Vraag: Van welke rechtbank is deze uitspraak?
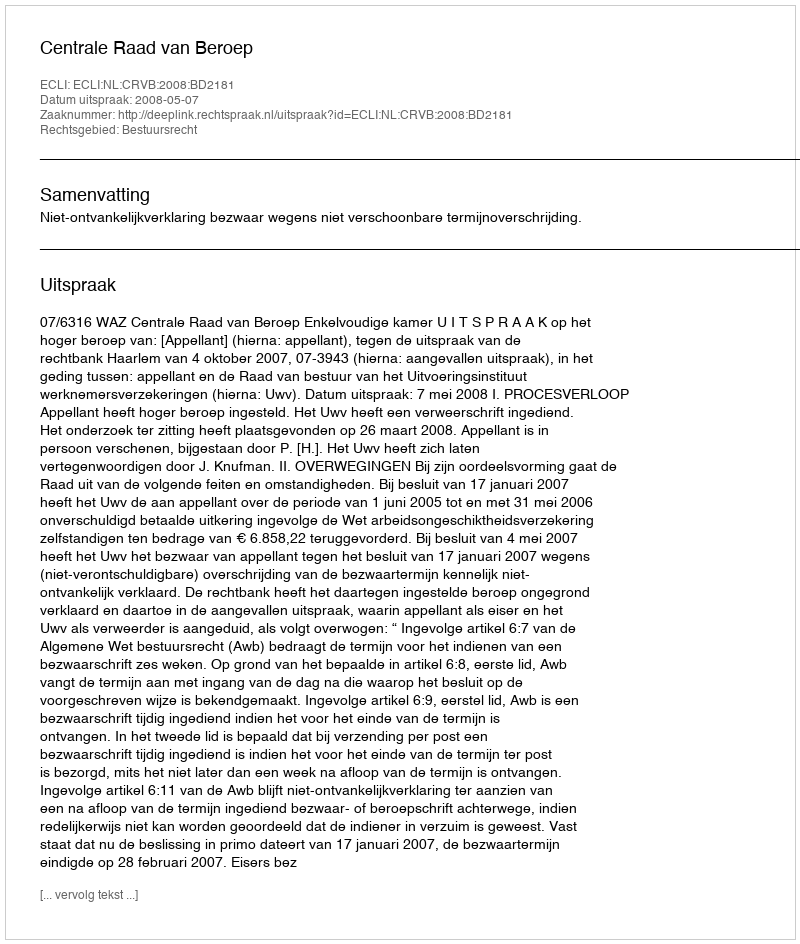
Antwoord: Centrale Raad van Beroep